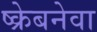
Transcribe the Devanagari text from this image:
ष्क्रेबनेवा